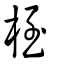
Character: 桎